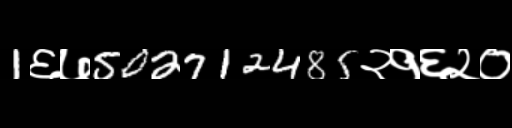
Text: 1६७502712485२१६२०